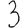
Digit: 3